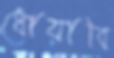
ধোয়াবি